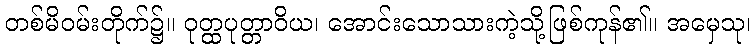
တစ်မိဝမ်းတိုက်၌။ ဝုတ္ထပုတ္တာဝိယ၊ အောင်းသောသားကဲ့သို့ဖြစ်ကုန်၏။ အမှေသု၊